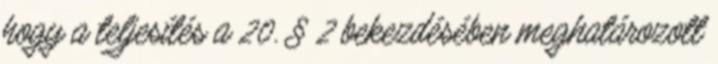
hogy a teljesítés a 20. § 2 bekezdésében meghatározott